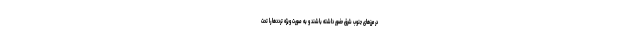
در مرز‌های جنوب شرق حضور داشته باشند و به صورت ویژه تردد‌ها را تحت